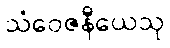
သံဝေဇနီယေသု